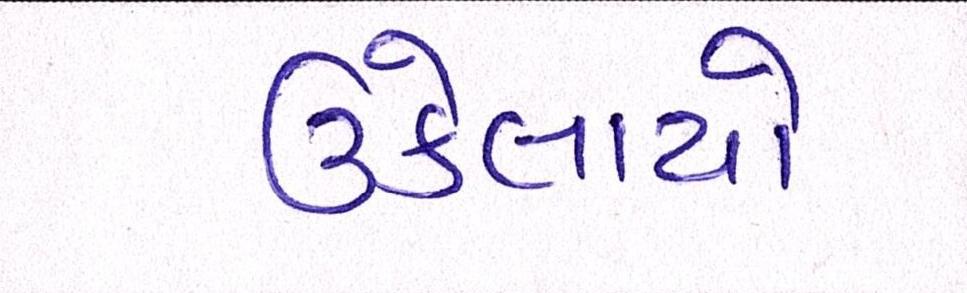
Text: ઉકેલાયો